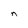
Character: n